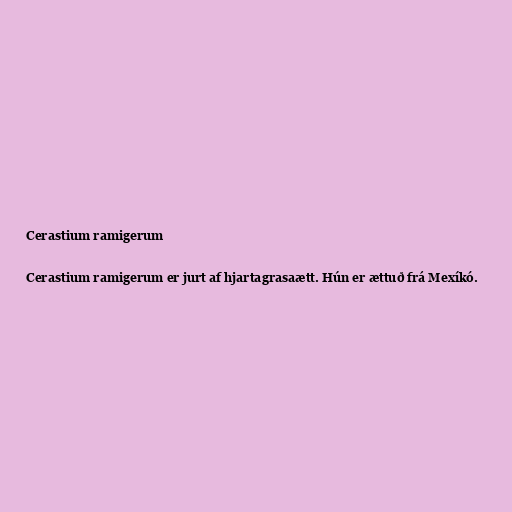
Cerastium ramigerum

Cerastium ramigerum er jurt af hjartagrasaætt. Hún er ættuð frá Mexíkó.